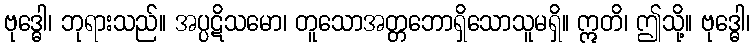
ဗုဒ္ဓေါ၊ ဘုရားသည်။ အပ္ပဋိသမော၊ တူသောအတ္တဘောရှိသောသူမရှိ။ ဣတိ၊ ဤသို့။ ဗုဒ္ဓေါ၊